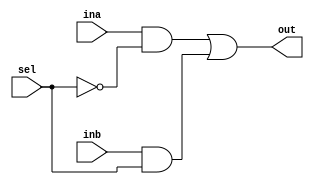
`timescale 1ns / 1ps
//////////////////////////////////////////////////////////////////////////////////
// Company: 
// Engineer: 
// 
// Design Name: 
// Module Name: mux2_1
// Project Name: 
// Target Devices: 
// Tool Versions: 
// Description: 
// 
// Dependencies: 
// 
// Revision:
// Revision 0.01 - File Created
// Additional Comments:
// 
//////////////////////////////////////////////////////////////////////////////////


module mux2_1(  input [31:0] ina,inb,
                input sel,
                output [31:0] out );
    assign out = (ina & ~sel ) | (inb & sel);
endmodule